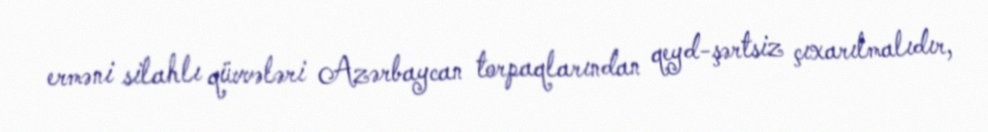
erməni silahlı qüvvələri Azərbaycan torpaqlarından qeyd-şərtsiz çıxarılmalıdır,